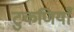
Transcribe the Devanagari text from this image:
टुकणियाँ